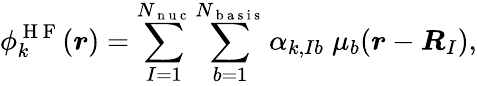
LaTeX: \phi_{k}^{\mathrm{~H~F~}}({\boldsymbol{r}})=\sum_{I=1}^{{N_{\mathrm{~n~u~c~}}}}\sum_{b=1}^{N_{\mathrm{~b~a~s~i~s~}}}\alpha_{k,Ib}\; \mu_{b}({\boldsymbol{r}}-{\boldsymbol{R}}_{I}),